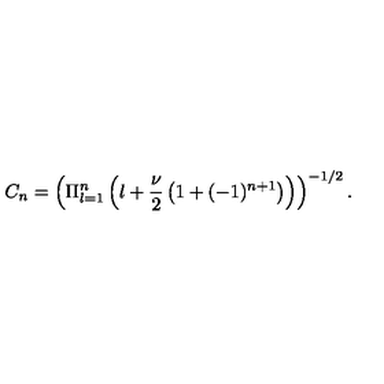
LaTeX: C _ { n } = \left( \Pi _ { l = 1 } ^ { n } \left( l + \frac { \nu } { 2 } \left( 1 + ( - 1 ) ^ { n + 1 } \right) \right) \right) ^ { - 1 / 2 } .